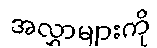
အလွှာများကို